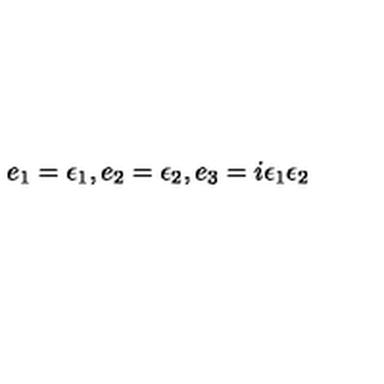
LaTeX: e _ { 1 } = { \epsilon } _ { 1 } , e _ { 2 } = { \epsilon } _ { 2 } , e _ { 3 } = i { \epsilon } _ { 1 } { \epsilon } _ { 2 }